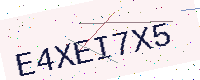
Text: E4XEI7X5